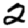
Digit: 2